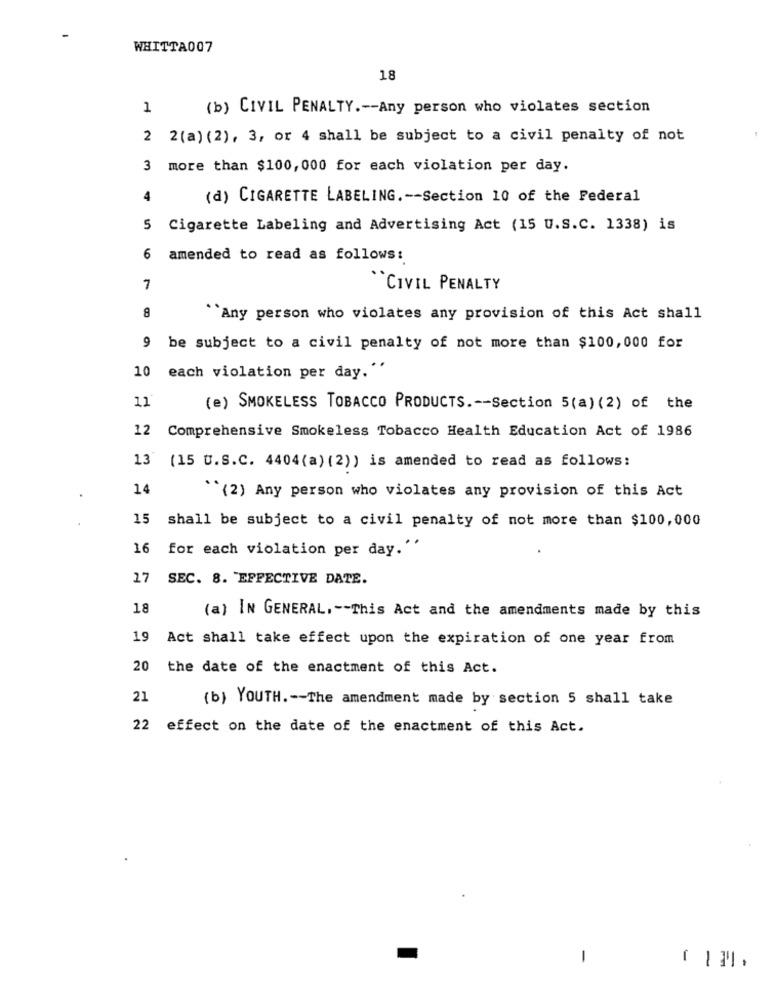
WHITTA007
18
1
(b) CIVIL PENALTY .-- Any person who violates section
2 2 (a) (2), 3, or 4 shall be subject to a civil penalty of not
3 more than $100, 000 for each violation per day.
4
(d) CIGARETTE LABELING .-- Section 10 of the Federal
5 Cigarette Labeling and Advertising Act (15 U.S.C. 1338) is
6
amended to read as follows:
7
``CIVIL PENALTY
8
``Any person who violates any provision of this Act shall
9 be subject to a civil penalty of not more than $100,000 for
10
each violation per day."
11
(e) SMOKELESS TOBACCO PRODUCTS .-- Section 5(a) (2) of the
12 Comprehensive Smokeless Tobacco Health Education Act of 1986
13 (15 U.S.C. 4404(a) (2)) is amended to read as follows:
14
"(2) Any person who violates any provision of this Act
15
shall be subject to a civil penalty of not more than $100,000
16
for each violation per day."
27
SEC. 8. "EFFECTIVE DATE.
18
(a) IN GENERAL, -- This Act and the amendments made by this
19
Act shall take effect upon the expiration of one year from
20
the date of the enactment of this Act.
21
(b) YOUTH .-- The amendment made by section 5 shall take
22
effect on the date of the enactment of this Act.
-